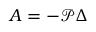
A = - \mathcal { P } \Delta